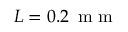
L = 0 . 2 { \ensuremath { \, \mathrm { ~ m ~ m ~ } } }